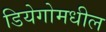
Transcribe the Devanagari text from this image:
डियेगोमधील